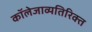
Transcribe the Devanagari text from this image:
कॉलेजाव्यतिरिक्त